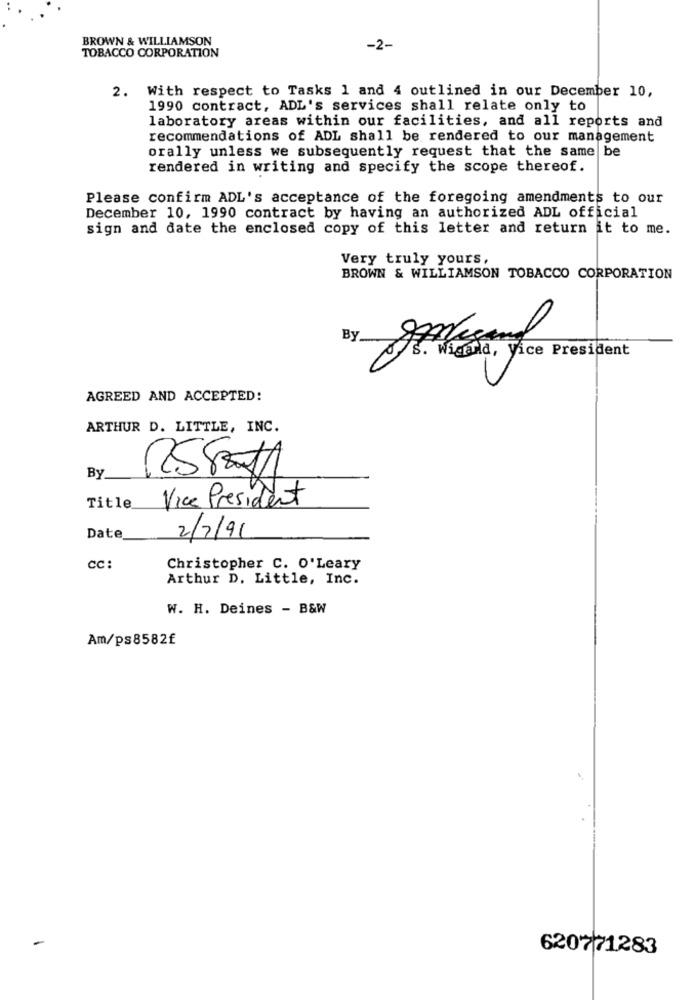
BROWN & WILLIAMSON
TOBACCO CORPORATION
-2-
2. With respect to Tasks 1 and 4 outlined in our December 10,
1990 contract, ADL's services shall relate only to
laboratory areas within our facilities, and all reports and
recommendations of ADL shall be rendered to our management
orally unless we subsequently request that the same be
rendered in writing and specify the scope thereof.
Please confirm ADL's acceptance of the foregoing amendments to our
December 10, 1990 contract by having an authorized ADL official
sign and date the enclosed copy of this letter and return it to me.
Very truly yours,
BROWN & WILLIAMSON TOBACCO CORPORATION
By
S. Wigand, Vice President
AGREED AND ACCEPTED:
ARTHUR D. LITTLE, INC.
By
Title
Vice President
Date
2/2/91
cc:
Christopher C. O'Leary
Arthur D. Little, Inc.
W. H. Deines - B&W
Am/ps8582£
620771283